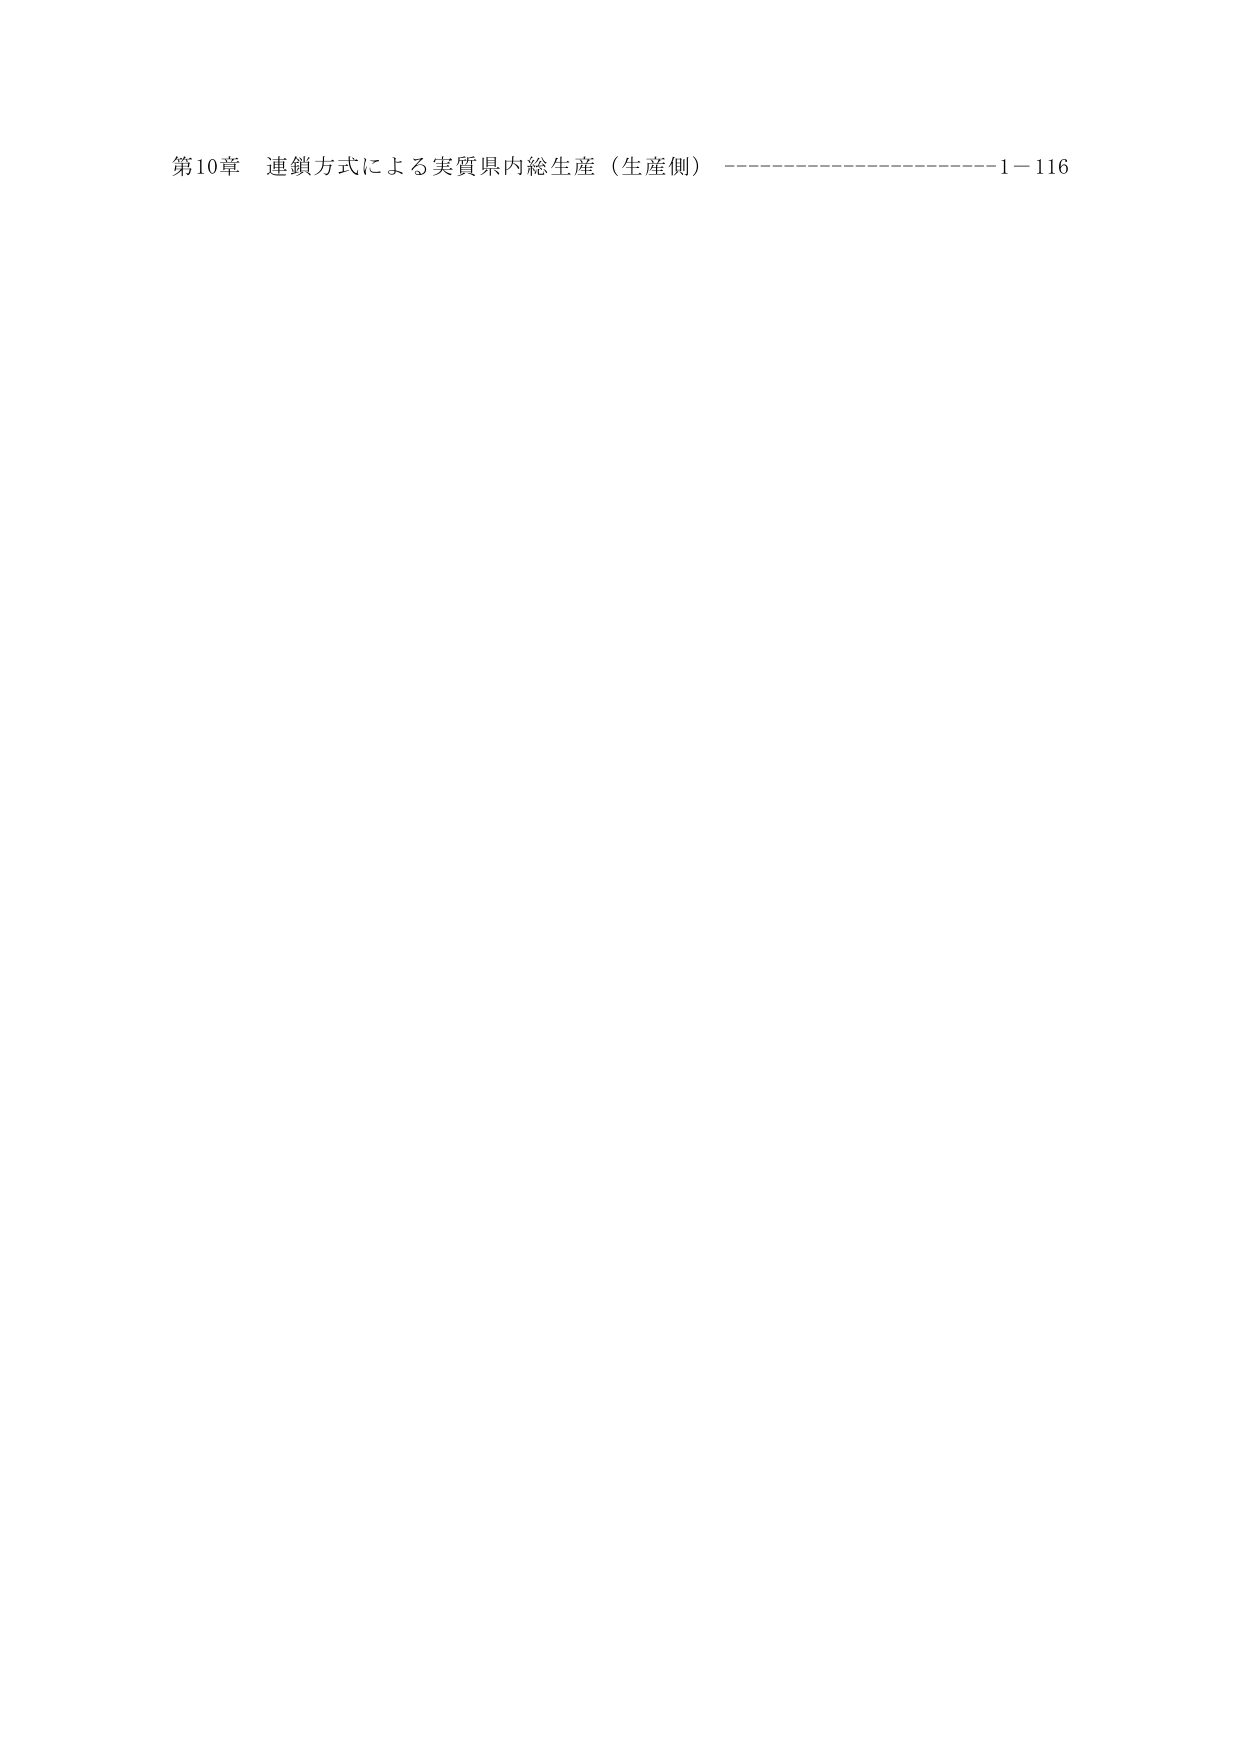
第10章 連鎖方式による実質県内総生産（生産側） ------------------ 1－116